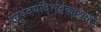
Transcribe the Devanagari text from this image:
निवेदयद्भिर्वक्तव्यंतैः